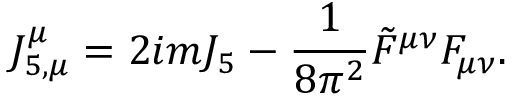
J _ { 5 , \mu } ^ { \mu } = 2 i m J _ { 5 } - \frac { 1 } { 8 \pi ^ { 2 } } \tilde { F } ^ { \mu \nu } F _ { \mu \nu } .